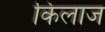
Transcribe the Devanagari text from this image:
किलाज